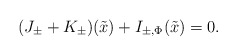
\begin{align*}(J_\pm+ K_\pm)(\tilde x)+I_{\pm,\Phi}(\tilde x)=0.\end{align*}